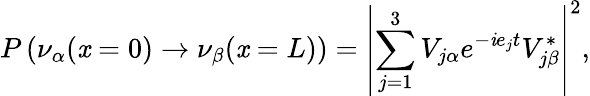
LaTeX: P\left(\nu_{\alpha}(\mathit{x}=0)\rightarrow\nu_{\beta}(\mathit{x}=L)\right)=\left|\sum_{j=1}^{3}V_{j\alpha}e^{-\mathit{i}e_{j}t}V_{j\beta}^{*}\right|^{2},